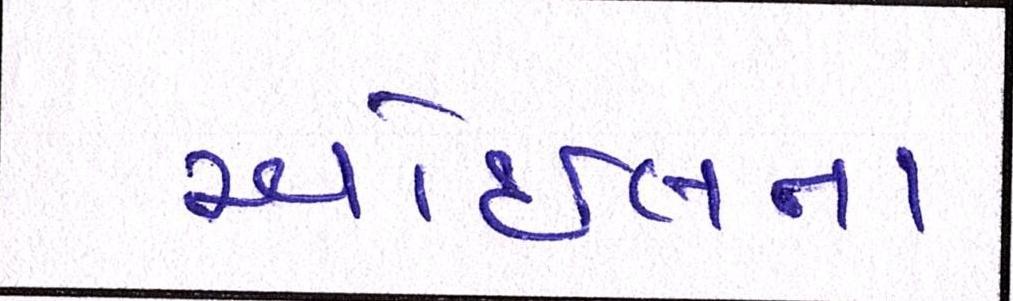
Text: ઓઇલના